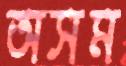
অসম